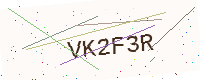
Text: VK2F3R